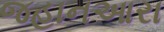
જહાનઆરા